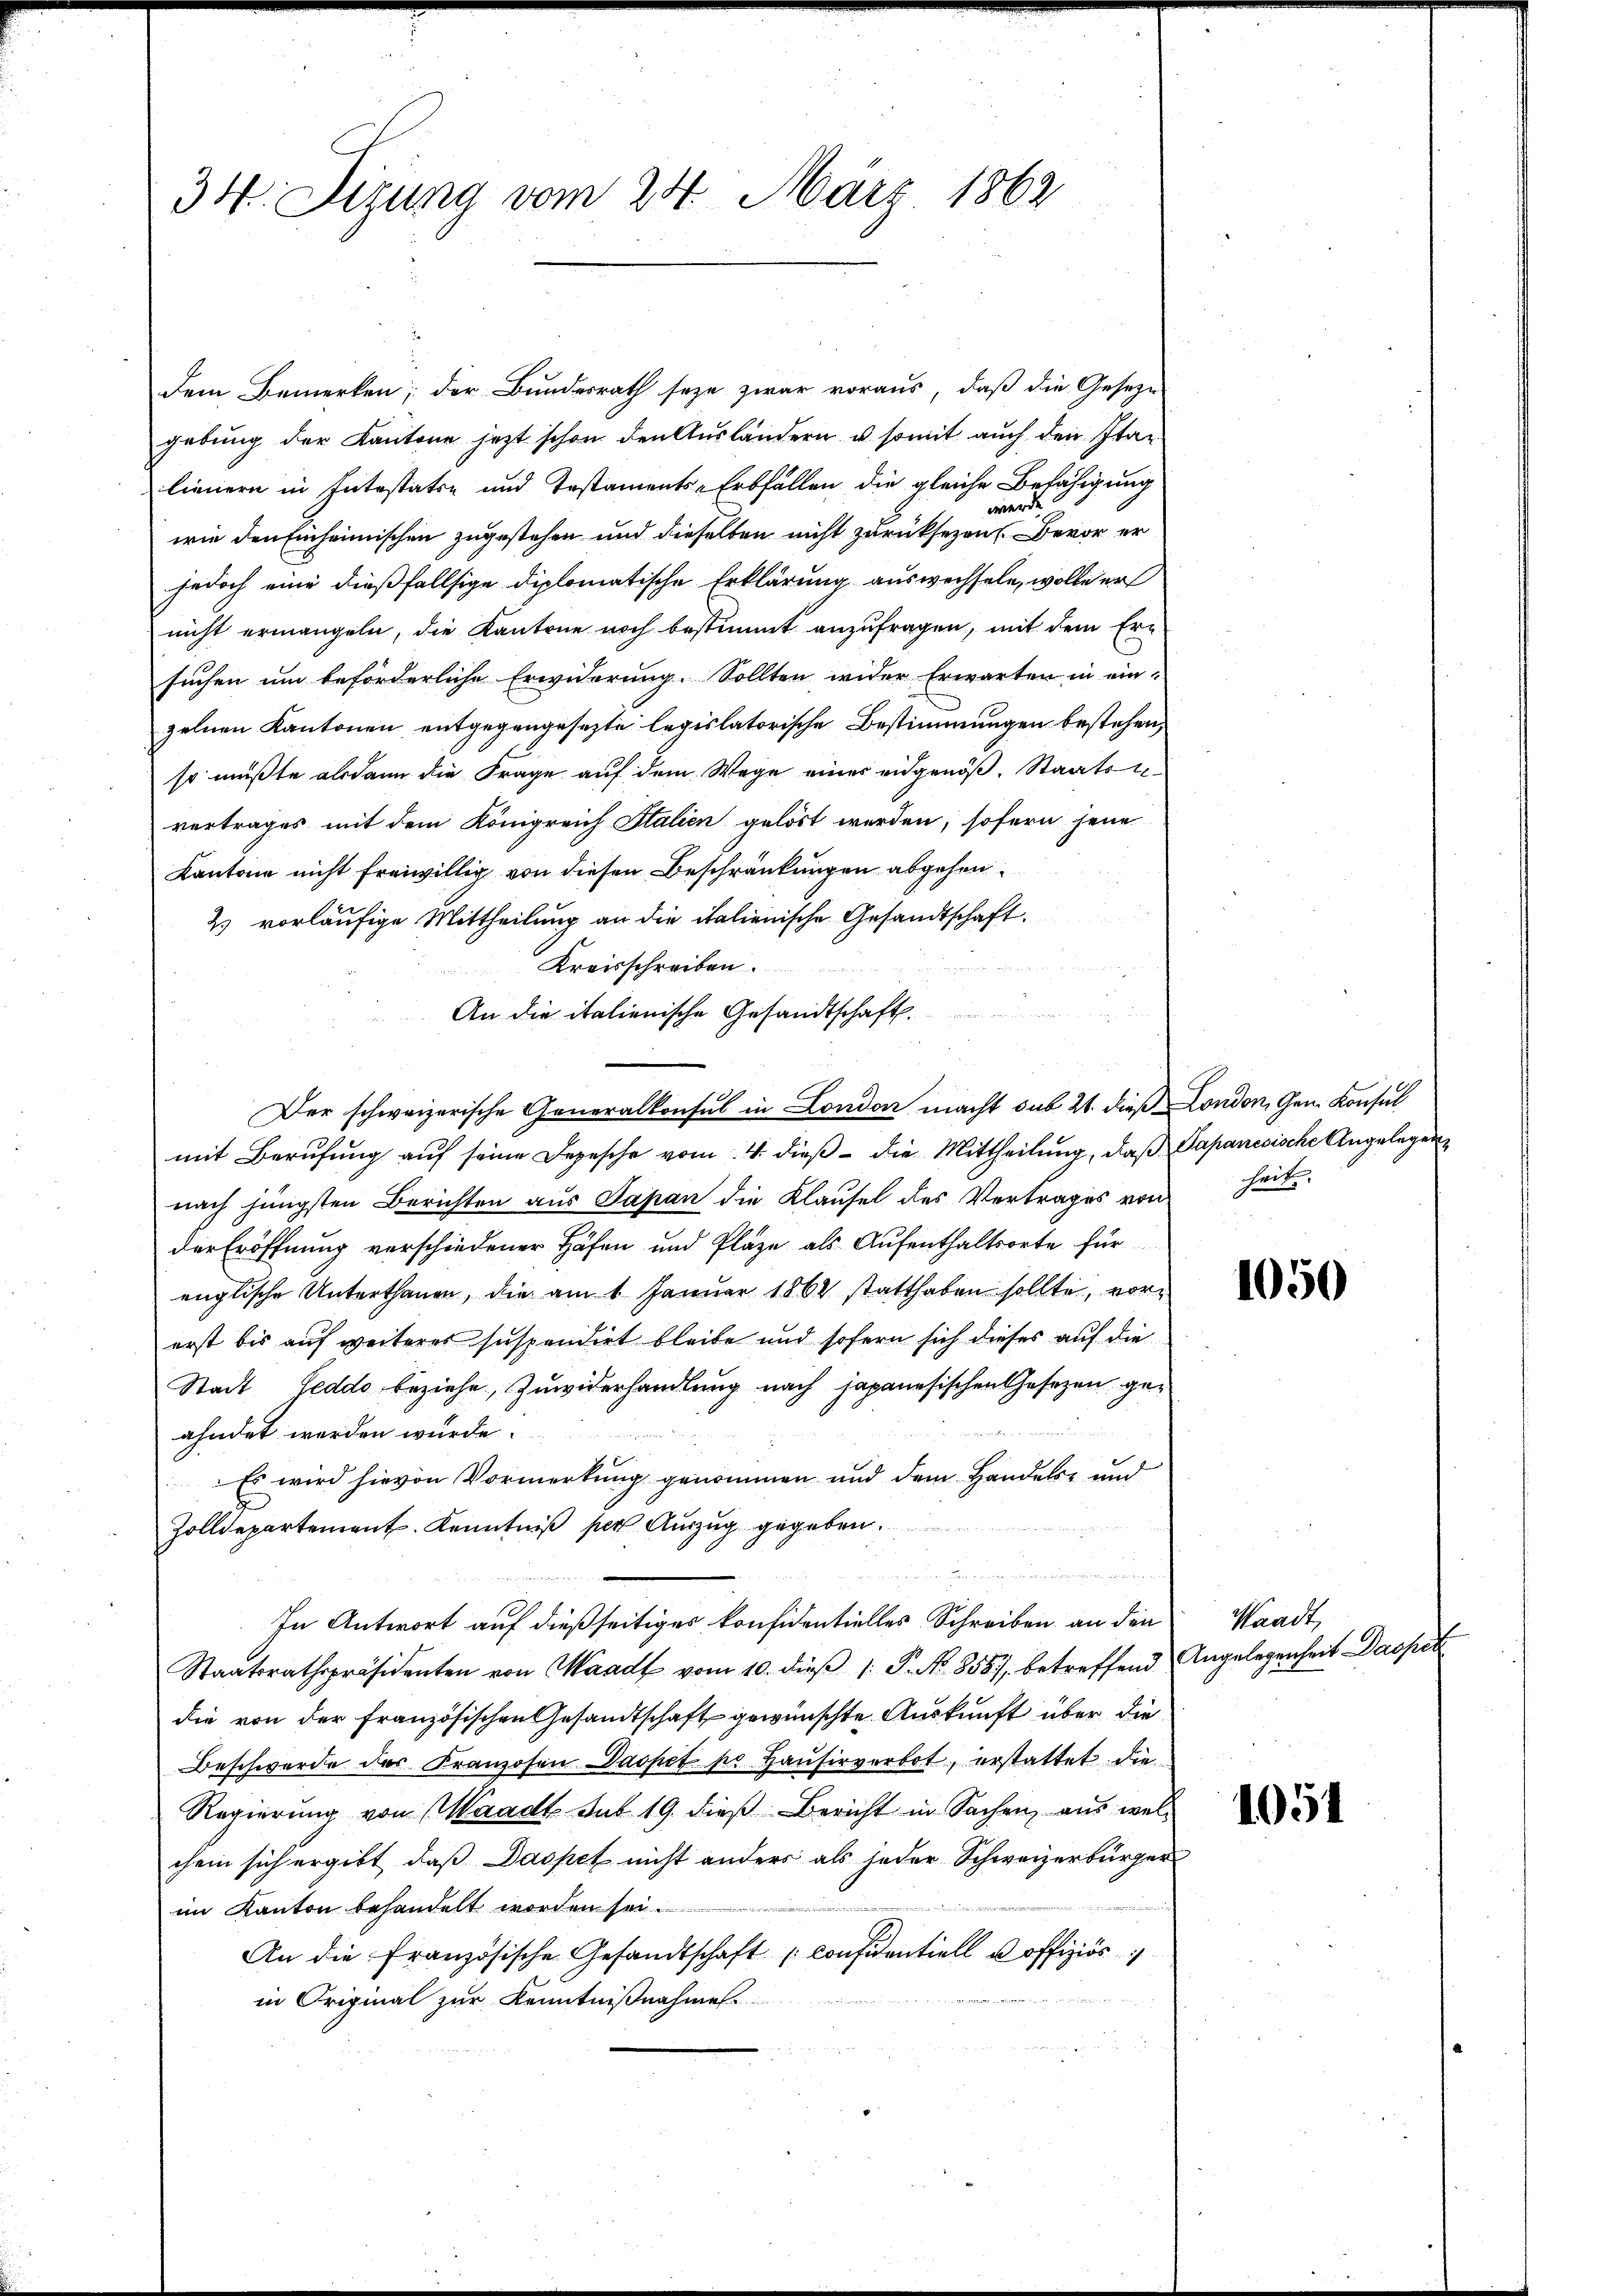
34. Sizung vom 24. März 1862

Dem Bemerken; der Bundesrath seye zwar voraus, daß die Geseze
gebung der Kantone jetzt schon den Ausländern u. somit auch den Italienern in Intestatte und Testaments-Erbfällen die gleiche Befähigung
werde.
wie den Einheimischen zugestehen und dieselben nicht zurücksezen Bevor er
jedoch eine dießfallsige diplomatische Erklärung auswechseln, wolle er
nicht ermangeln, die Kantone noch bestimmt anzufragen, mit dem Ern
suchen um beförderliche Erwiderung. Sollten wider Erwarten in einzelnen Kantonen entgegengesezte legislatorische Bestimmungen bestehen,
so müßte alsdann die Frage auf dem Wege eines eidgenöß. Staats
vertrages mit dem Königreich Italien gelöst werden, sofern jene
Kantone nicht freiwillig von diesen Beschränkungen abgehen.
2) vorläufige Mittheilung an die italienische Gesandtschaft.
Kreisschreiben.
An die italienische Gesandtschaft.
Der schweizerische Generalkonsul in London macht sub 21. dieß London, Gen. Konsul
mit Berufung auf seine Depesche vom 4. dieß die Mittheilung, daß Papanesische Angelegennach jüngsten Berichten aus Papan die Klausel des Vertrages von heit
der Eröffnung verschiedener Höfen und Plaze als Aufenthaltsorte für
englische Unterthanen, die am 1 Januar 1864 statthaben sollte, vorerst bis auf weiteres suspendirt bleibe und sofern sich dieses auf die
Stadt Eeddo beziehe Zuwiderhandlung nach japanesischen Gesezen geahndet werden wurde.
Es wird hievon Vormerkung genommen und dem Handels- und
Zolldepartement Kenntniß per Auszug gegeben.
n
In Antwort auf dießseitiges konfidentielles Schreiben an den
Staatsrathspräsidenten von Waadt vom 10. dieβ (: P. No. 8587, betreffend Angelegenheit Daopet
die von der Französischen Gesandtschaft gewünschte Auskunft über die
Beschwerde der Franzosen Daspet pr. Hausirverbot, erstattet die
Regierung von Waadt sub 19. dieß Bericht in Sachen, aus welchem sich ergibt, daß Daspet nicht anders als jeder Schweizerbürger
im Kanton behandelt worden sei.
An die französische Gesandtschaft considentiell u offiziös
in Original zur Kenntnißnahme

1050

Waadt,

1051